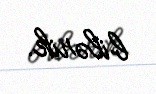
bilərik.